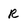
Character: R